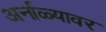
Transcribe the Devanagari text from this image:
अर्नाळ्यावर